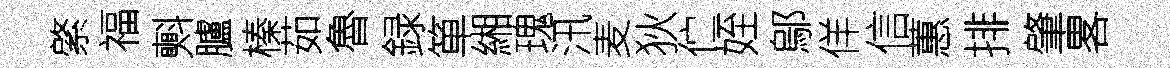
綮福㪺臚榛茹魯録箪緗瑰汛麦狄伫姪鄔佯信蕙排肇畧